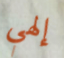
إلهي